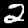
Label: 2